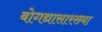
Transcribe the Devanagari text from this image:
बोगद्यासारख्या